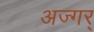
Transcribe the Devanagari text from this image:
अज्गर्